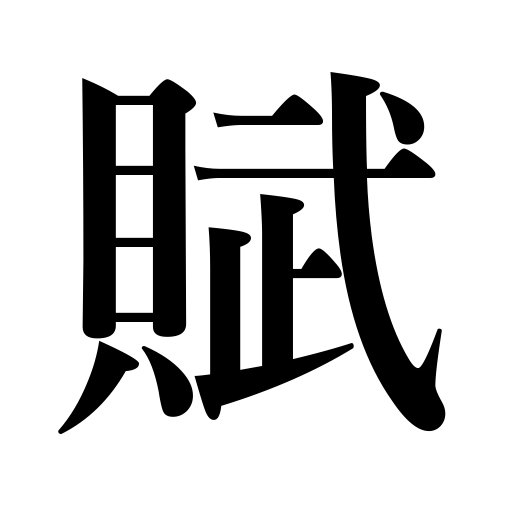
Meanings: poetical prose,prose poem,exacted service,installment,ode,tribute